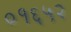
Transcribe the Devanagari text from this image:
०१६५२